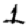
Digit: 1